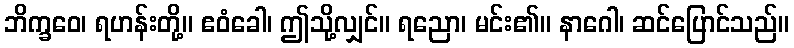
ဘိက္ခဝေ၊ ရဟန်းတို့။ ဧဝံခေါ၊ ဤသို့လျှင်။ ရညော၊ မင်း၏။ နာဂေါ၊ ဆင်ပြောင်သည်။